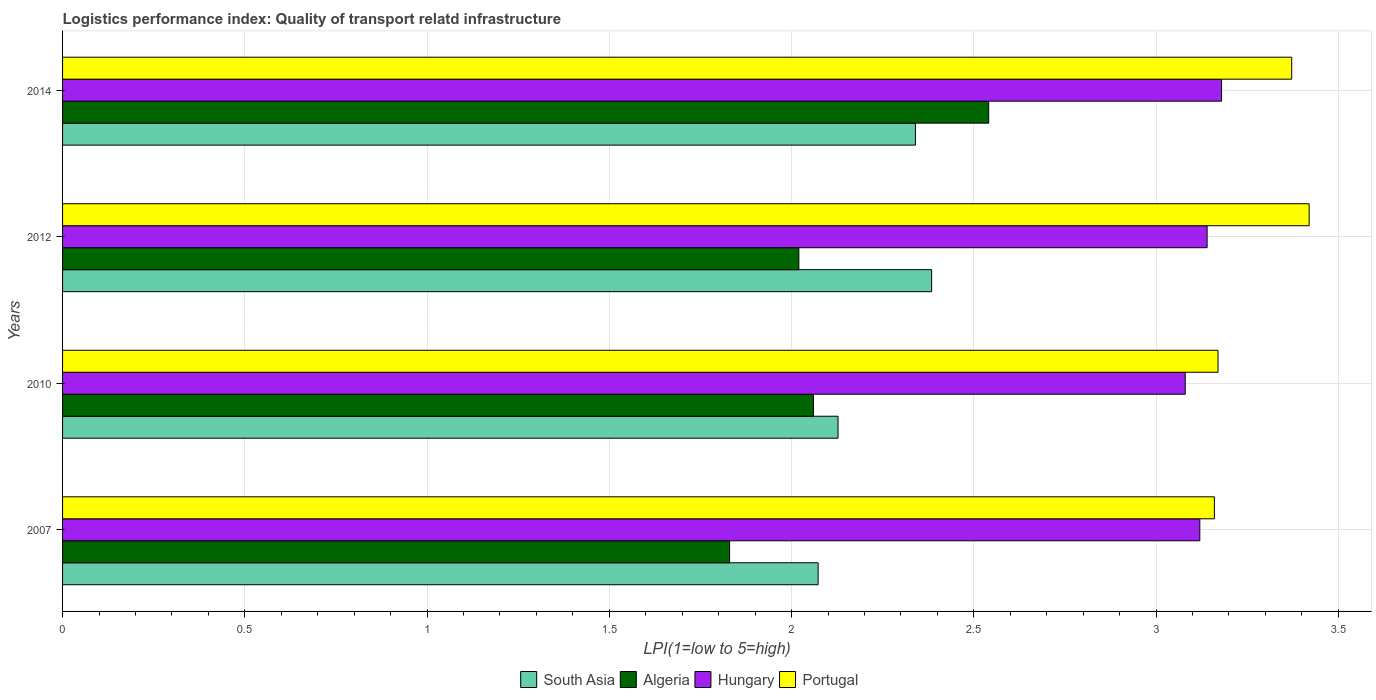
| Years | South Asia | Algeria | Hungary | Portugal |
 | --- | --- | --- | --- | --- |
 | 2007 | 2.07 | 1.83 | 3.12 | 3.16 |
 | 2010 | 2.13 | 2.06 | 3.08 | 3.17 |
 | 2012 | 2.38 | 2.02 | 3.14 | 3.42 |
 | 2014 | 2.34 | 2.54 | 3.18 | 3.37 |